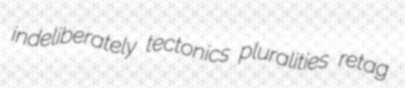
indeliberately tectonics pluralities retag